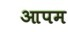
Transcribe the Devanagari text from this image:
आपम